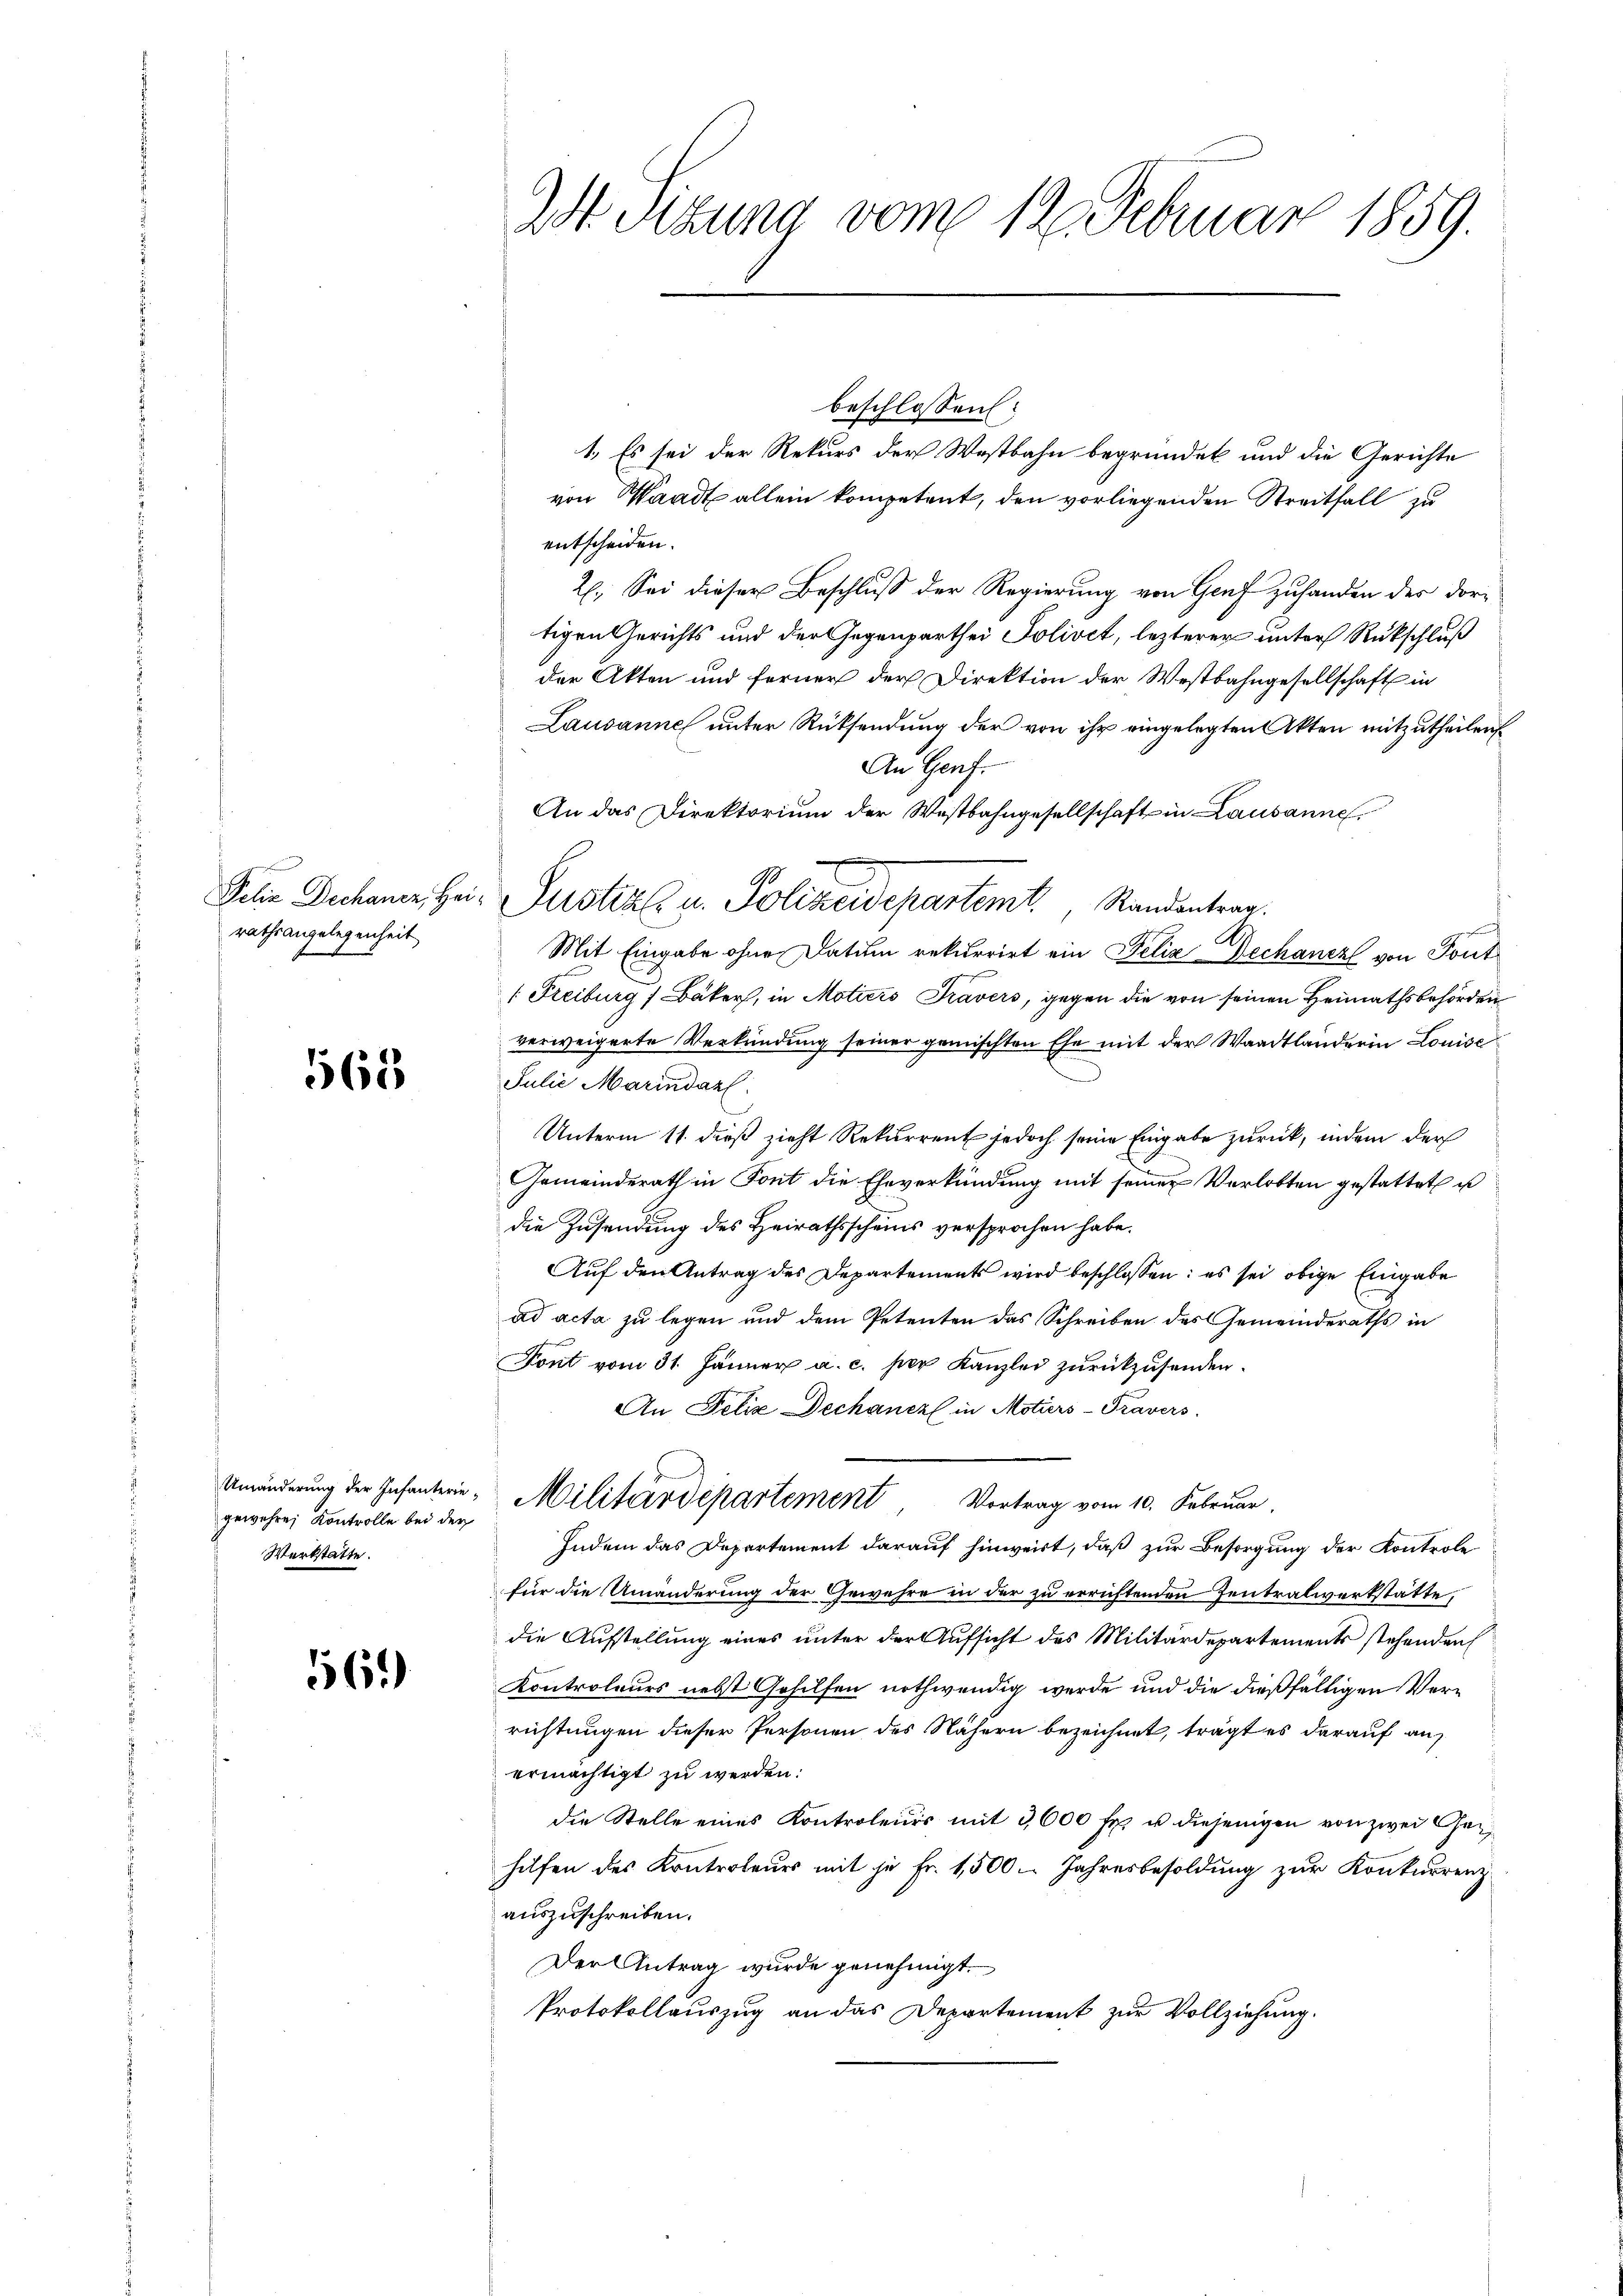
rathsangelegenheit

568

gewehre, Kontrolle bei der
Werkstatte.

1361)

2t Sizung vom 12. Februar 1859.

beschlossen:
1. Es sei der Rekurs der Wastbahn begründet und die Gerichte
von Waadt allein kompetent, den vorliegenden Streitfall zu
entscheiden.
2. Sei dieser Beschluß der Regierung von Genf zuhanden des dortigen Gerichts und der Gegenparthei Solivet, lezterer unter Rückschluß
der Akten und ferner der Direktion der Westbahngesellschaft in
Lausanne unter Rücksendung der von ihr eingelegten Akten mitzutheilen.
An Genf.
An das Direktorium der Westbahngesellschaft in Lausannes.
Felix Dechaner Hei- Justiz u. Polizeidepartemt. Standentrag.
Mit Eingabe ohne Datum rekurrirt ein Felix Dechanz von Tout
[Freiburg 7 Bäker, in Moticis Travers, gegen die von seinen Heimathsbehörden
verweigerte Verkündung seiner gemischten Ehe mit der Waadtländerin Louise
m
Julie Marindarl
Unterm 11. dieß zieht Rekurrent jedoch seine Eingabe zurück, indem der
Gemeinderath in Font die Eheverkündung mit seiner Verlobten gestattet u
die Zusendung des Heirathsscheins versprochen habe.
Aŭf den Antrag des Departements wird beschlossen: es sei obige Eingabe
ad acta zu legen und dem Petenten das Schreiben des Gemeinderaths in
Font vom 31. Jänner a. c. per Kanzlei zurückzusenden.
An Felix Dechaner in Motiers-Travers
Unänderung der Infanterie Militärdepartement, Vortrag vom 10. Februar.
Indem das Departement darauf hinweist, daß zur Besorgung der Kontrole
für die Umänderung der Gewehre in der zu errichtenden Zentralwerkstätte,
die Aufstellung eines unter der Aufsicht des Militärdepartements stehenden
Kontroleurs nebst Gehilfen nothwendig werde und die dießfälligen Verrichtungen dieser Personen des Nähern bezeichnet, trägt es darauf auf
ermächtigt zu werden:
die Stelle eines Kontroleurs mit 3,600 fr. u diejenigen von zwei Gehilfen des Kontroleurs mit je Fr. 1,500. Jahresbesoldung zur Konkurrenzauszuschreiben.
Der Antrag wurde genehmigt.
Protokollauszug an das Departement zur Vollziehung.